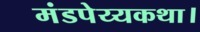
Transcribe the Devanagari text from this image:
मंडपेय्यकथा।